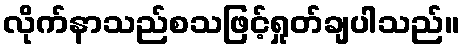
လိုက်နာသည်စသဖြင့်ရှုတ်ချပါသည်။